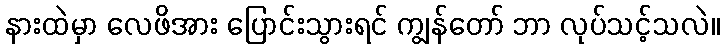
နားထဲမှာ လေဖိအား ပြောင်းသွားရင် ကျွန်တော် ဘာ လုပ်သင့်သလဲ။